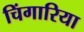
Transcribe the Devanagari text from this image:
चिंगारिया